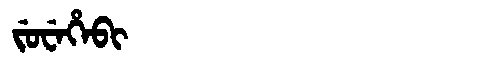
Manchu: ᠵᡠᠸᡝᡥᡝᠪᡳ
Romanization: JUWEHEBI